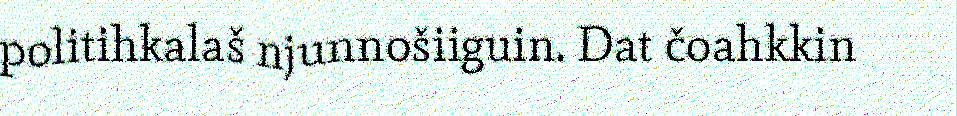
politihkalaš njunnošiiguin. Dat čoahkkin